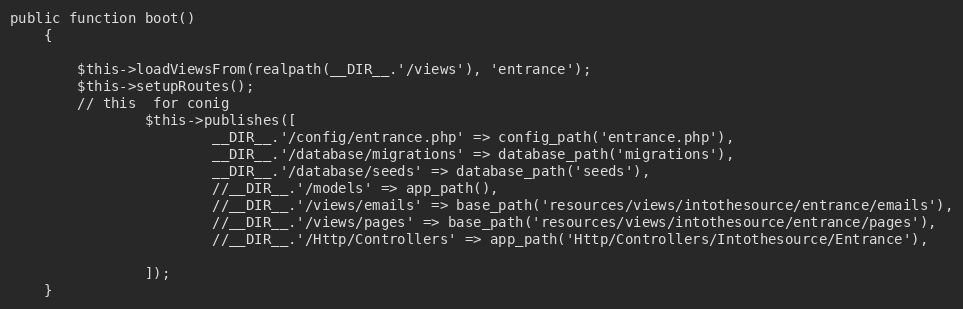
Language: PHP
public function boot()
    {

        $this->loadViewsFrom(realpath(__DIR__.'/views'), 'entrance');
        $this->setupRoutes();
        // this  for conig
                $this->publishes([
                        __DIR__.'/config/entrance.php' => config_path('entrance.php'),
                        __DIR__.'/database/migrations' => database_path('migrations'),
                        __DIR__.'/database/seeds' => database_path('seeds'),
                        //__DIR__.'/models' => app_path(),
                        //__DIR__.'/views/emails' => base_path('resources/views/intothesource/entrance/emails'),
                        //__DIR__.'/views/pages' => base_path('resources/views/intothesource/entrance/pages'),
                        //__DIR__.'/Http/Controllers' => app_path('Http/Controllers/Intothesource/Entrance'),

                ]);
    }